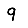
Digit: 9